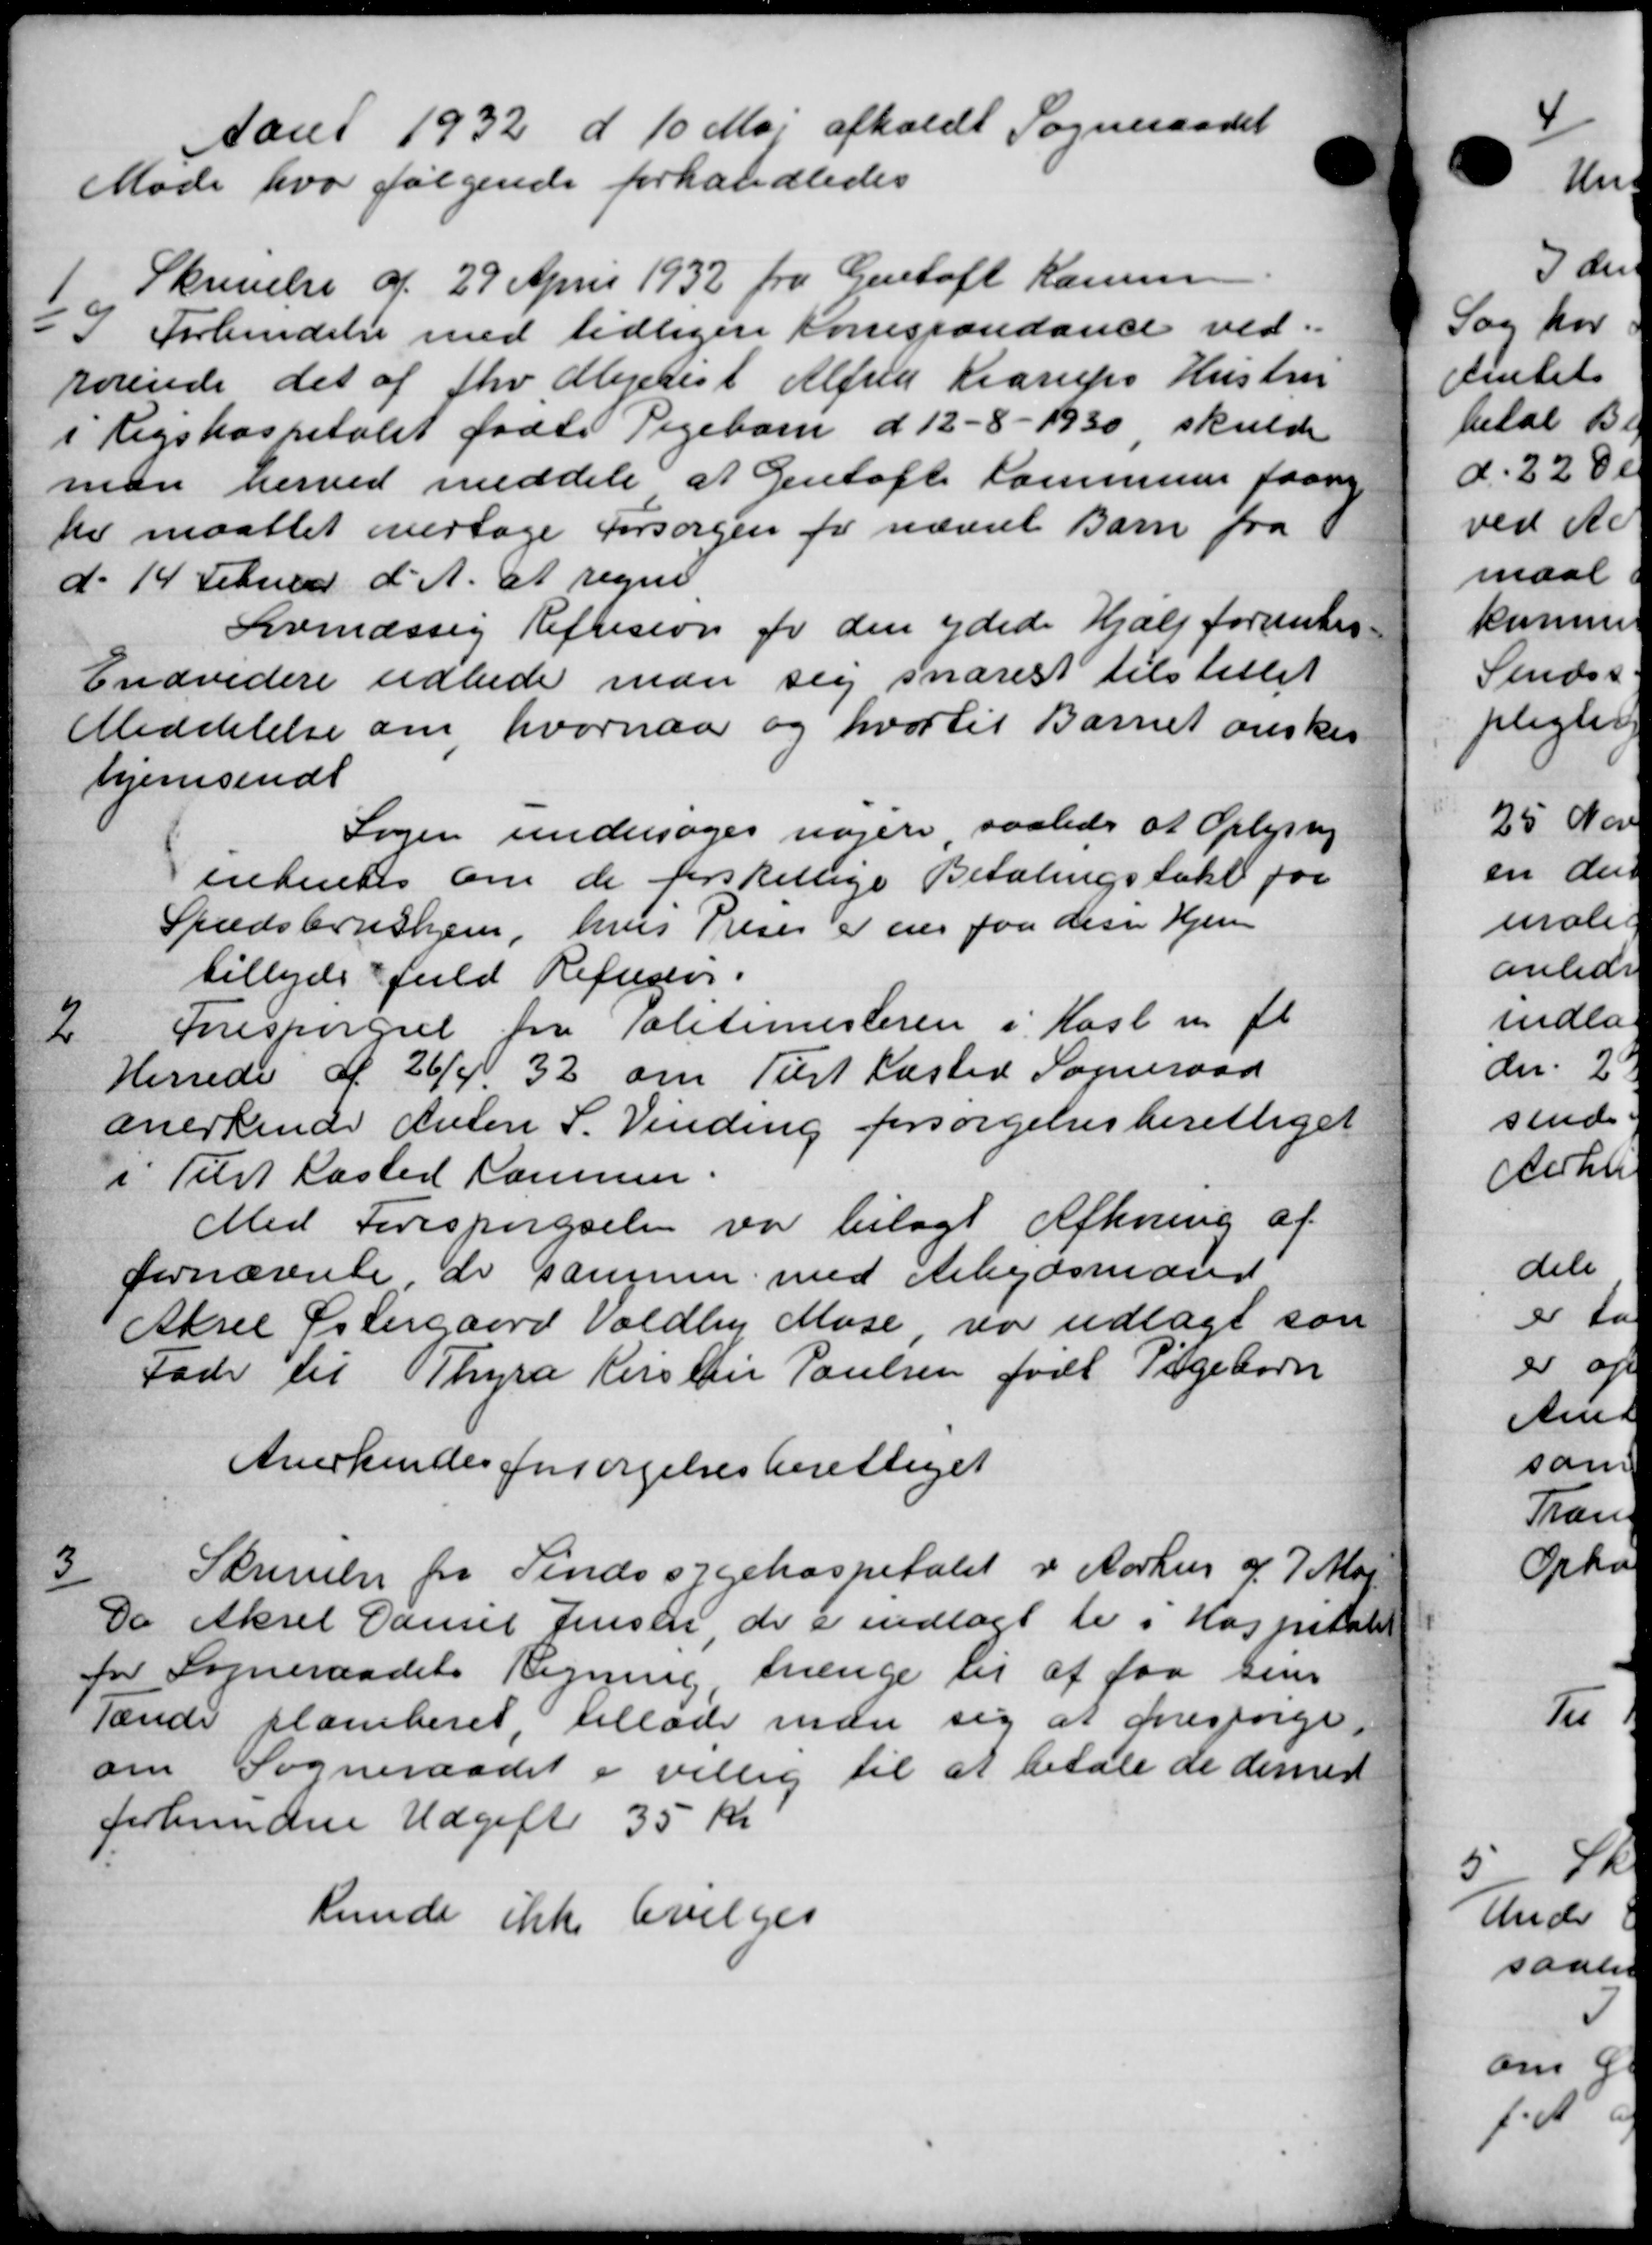
Transskription:
tan 1932 d. 10 Maj afholdt Sogneraadet
Møde hvor følgende forhandledes
1
Skrivelse af 29 April 1932 fra Gentoft Karum
I Forbindelse med tidligere Korespondance ved-
rørende det af fhv Mejerist Alfred Krarups Hustru
i Rigshospitalet fødte Pigebarn d 12 - 8 -1930, skulde
man herved meddele at Gentofte Kommune paany
der maattet overtage Forsørgen for nævnt Barn fra
d. 14 Februar d. A. at regne.
Svmæssig Refusion for den ydede Hjælp forenter-
Endvidere udbede man sig snarest tilstillet
Meddelelse om hvornaar og hvortil Barnet ønskes
hjemsendt
Sagen undersøges nogen saaledes at Oplysning
ententes om de forskellige Betalingstakt for
Spædsbrudhjem, hvis Priser er en paa des Hjem
tilbydes fuld Refusion.

Forespørgsel fra Politimesteren i Kasl m. fl
Herrede af 26/4 32 om Tilst Kasted Sogneraad
anerkende Anton S. Vinding forsørgelsesberettiget
i Tilst Kasted Kammer.
Med Forespørgselen var bilagt Afkning af
fornævnte, de sammen med Arbejdsmand
Aksel Østergaard Voldby Mose var udlagt som
Fader til Thyra Kirstin Poulsen født Pigebørn
Anerkendes forsørgelsesberettiget

Skrivelse fra Sindssygehospitalet i Aarhus d. 7 Ma
Da Aksel Camil Jensen, de er indlagt ti i Hospita
for Sogneraadets Regning, trænge til at faa sin
Tænde Klamberet, tillade man sig at forespørge
om Sogneraadet i villig til at betale de deres
forbundne Udgift 35 Kr.
kunde ikke bevilges